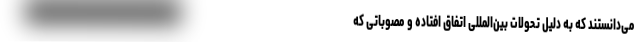
می‌دانستند که به دلیل تحولات بین‌المللی اتفاق افتاده و مصوباتی که